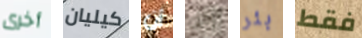
أخرى كيليان أن رجل بئر فقط